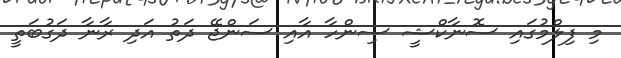
މި ފިލްމުގައި ސޮނާކްޝީ ސިންހާ އާއި ސަންޖޭ ދަތު އަދި ރާނާ ދަގުބަތީ